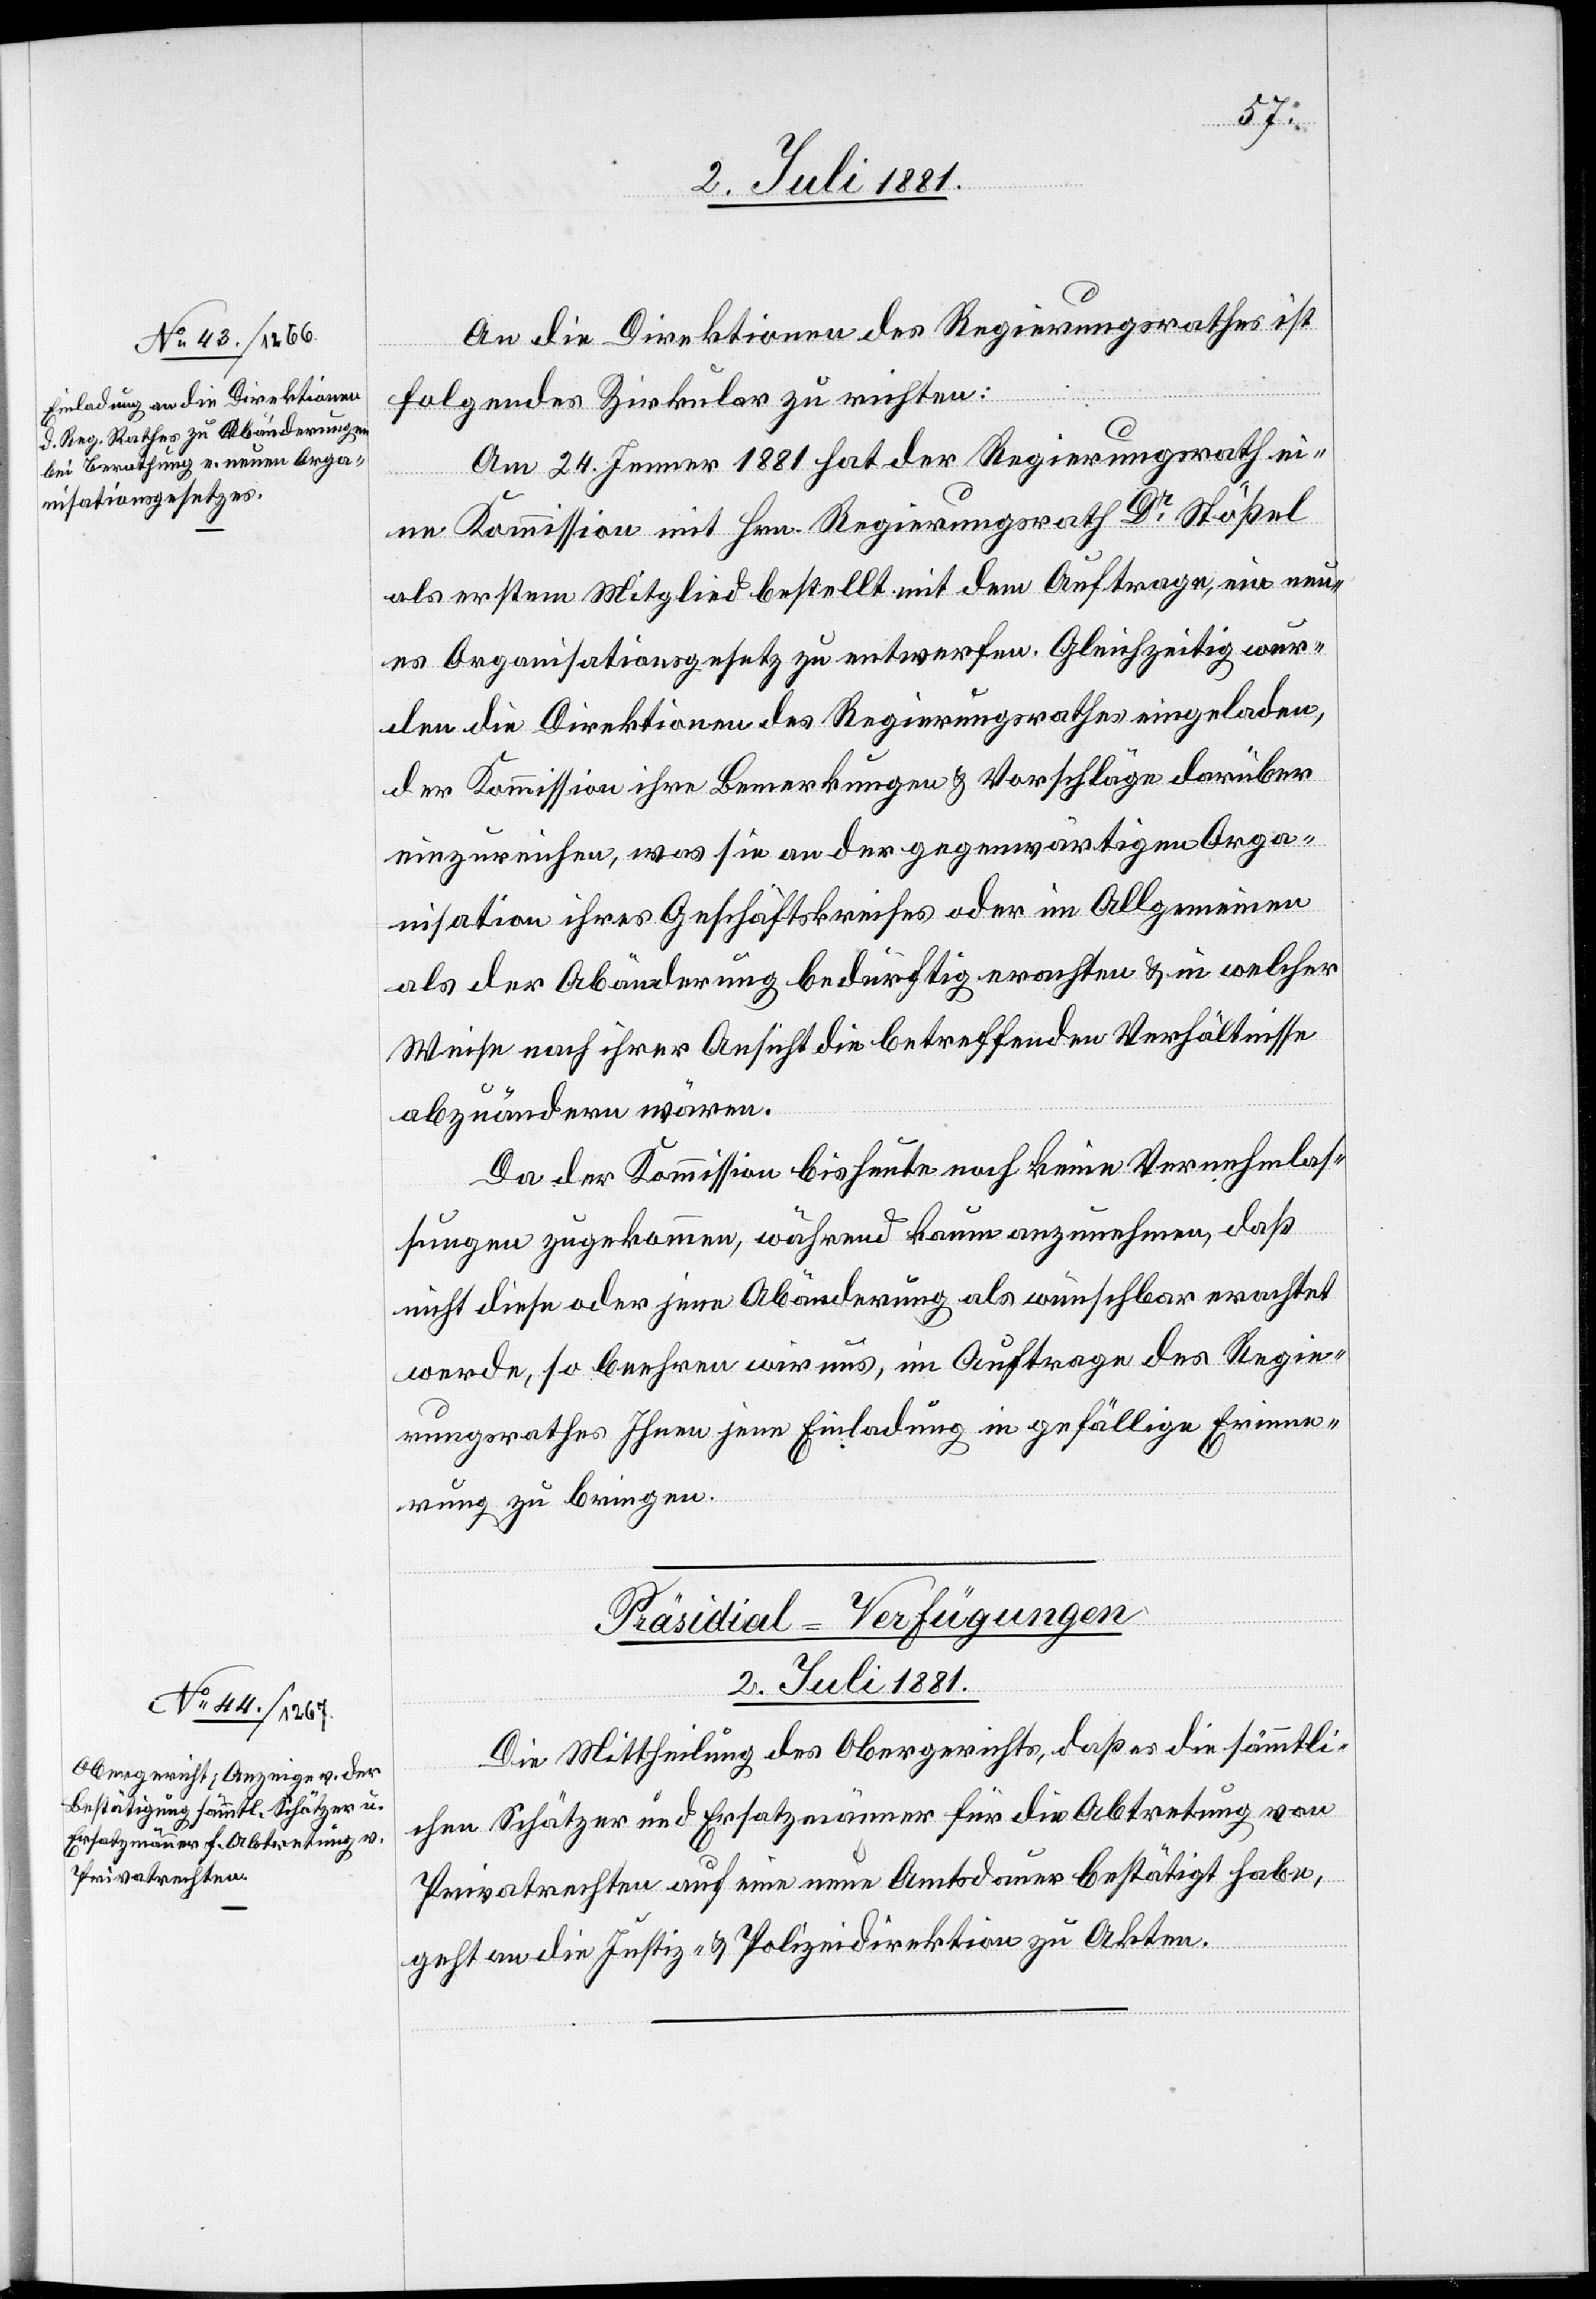
2. Juli 1881.
An die Direktionen des Regierungsrathes ist
folgendes Zirkular zu richten:
Am 24. Jenner 1881 hat der Regierungsrath ei¬
ne Kommission mit Hrn. Regierungsrath Dr Stößel
als erstem Mitglied bestellt mit dem Auftrage, ein neu¬
es Organisationsgesetz zu entwerfen. Gleichzeitig wur¬
den die Direktionen des Regierungsrathes eingeladen,
der Kommission ihre Bemerkungen & Vorschläge darüber
einzureichen, was sie an der gegenwärtigen Orga¬
nisation ihres Geschäftskreises oder im Allgemeinen
als der Abänderung bedürftig erachten & in welcher
Weise nach ihrer Ansicht die betreffenden Verhältnisse
abzuändern wären.
Da der Kommission bis heute noch keine Vernehmlas¬
sungen zugekommen, während kaum anzunehmen, daß
nicht diese oder jene Abänderung als wünschbar erachtet
werden, so beehren wir uns, im Auftrage des Regie¬
rungsrathes Ihnen jene Einladung in gefällige Erinne¬
rung zu bringen.
Präsidial-Verfügungen
Die Mittheilung des Obergerichts, daß es die sämmtli¬
chen Schätzer und Ersatzmänner für die Abtretung von
Privatrechten auf eine neue Amtsdauer bestätigt habe,
geht an die Justiz- & Polizeidirektion zu Akten.